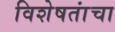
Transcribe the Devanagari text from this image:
विशेषतांचा